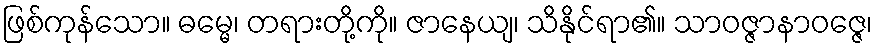
ဖြစ်ကုန်သော။ ဓမ္မေ၊ တရားတို့ကို။ ဇာနေယျ၊ သိနိုင်ရာ၏။ သာဝဇ္ဇာနာဝဇ္ဇေ၊